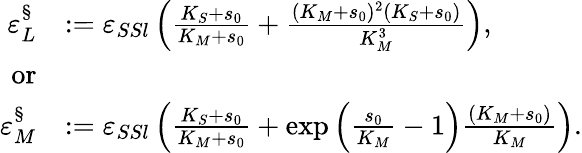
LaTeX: \begin{array}{rl}{\varepsilon_{L}^{\S}}&{:=\varepsilon_{SSl}\left(\frac{K_{S}+s_{0}}{K_{M}+s_{0}}+\frac{(K_{M}+s_{0})^{2}(K_{S}+s_{0})}{K_{M}^{3}}\right),}\\ {\mathrm{or}}\\ {\varepsilon_{M}^{\S}}&{:=\varepsilon_{SSl}\left(\frac{K_{S}+s_{0}}{K_{M}+s_{0}}+\exp\left(\frac{s_{0}}{K_{M}}-1\right)\frac{(K_{M}+s_{0})}{K_{M}}\right).}\end{array}